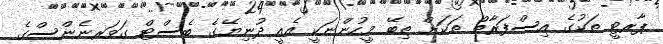
ޕާރޓީ ތަކުގެ އިސްފަރާތް ތަކަށް ތިބޭ މީހުންނަކީ އެއީ ދުނިޔޭގެ ބެސްޓް ގަވަރނެންސްގެ